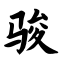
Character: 骏